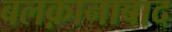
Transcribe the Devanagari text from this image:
बलक़ानाबाद